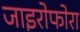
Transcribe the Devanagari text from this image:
जाइरोफोरा